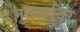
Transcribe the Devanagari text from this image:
मुतवातिर